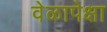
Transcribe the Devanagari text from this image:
वेळापेक्षा